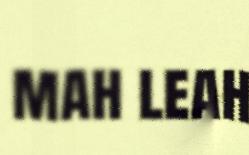
mah leah